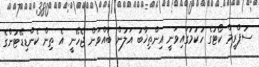
ސުޕްރީމް ކޯޓުގެ ހުކުމުގައިވަނީ އިންތިޚާބު އަލުން ބާއްވަން ޖެހޭނީ އެ ތިން ކެންޑިޑޭޓުންގެ